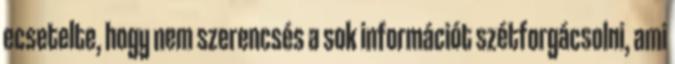
ecsetelte, hogy nem szerencsés a sok információt szétforgácsolni, ami